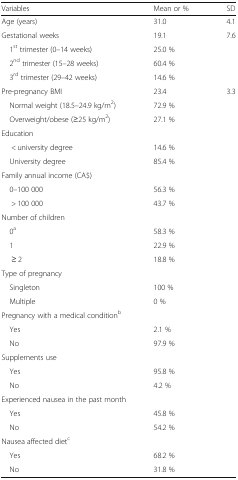
| Variables | Mean or % | SD |
 | --- | --- | --- |
 | Age (years) | 31.0 | 4.1 |
 | Gestational weeks | 19.1 | 7.6 |
 | 1st trimester (0–14 weeks) | 25.0 % |  |
 | 2nd trimester (15–28 weeks) | 60.4 % |  |
 | 3rd trimester (29–42 weeks) | 14.6 % |  |
 | Pre-pregnancy BMI | 23.4 | 3.3 |
 | Normal weight (18.5–24.9 kg/m2) | 72.9 % |  |
 | Overweight/obese (≥25 kg/m2) | 27.1 % |  |
 | <COLSPAN=3> Education |
 | < university degree | 14.6 % |  |
 | University degree | 85.4 % |  |
 | <COLSPAN=3> Family annual income (CA$) |
 | 0–100 000 | 56.3 % |  |
 | > 100 000 | 43.7 % |  |
 | <COLSPAN=3> Number of children |
 | 0a | 58.3 % |  |
 | 1 | 22.9 % |  |
 | ≥ 2 | 18.8 % |  |
 | <COLSPAN=3> Type of pregnancy |
 | Singleton | 100 % |  |
 | Multiple | 0 % |  |
 | <COLSPAN=3> Pregnancy with a medical conditionb |
 | Yes | 2.1 % |  |
 | No | 97.9 % |  |
 | <COLSPAN=3> Supplements use |
 | Yes | 95.8 % |  |
 | No | 4.2 % |  |
 | <COLSPAN=3> Experienced nausea in the past month |
 | Yes | 45.8 % |  |
 | No | 54.2 % |  |
 | <COLSPAN=3> Nausea affected dietc |
 | Yes | 68.2 % |  |
 | No | 31.8 % |  |